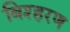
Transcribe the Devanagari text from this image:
बिश्हरण